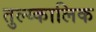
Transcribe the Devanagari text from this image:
तुल्य्कालिक